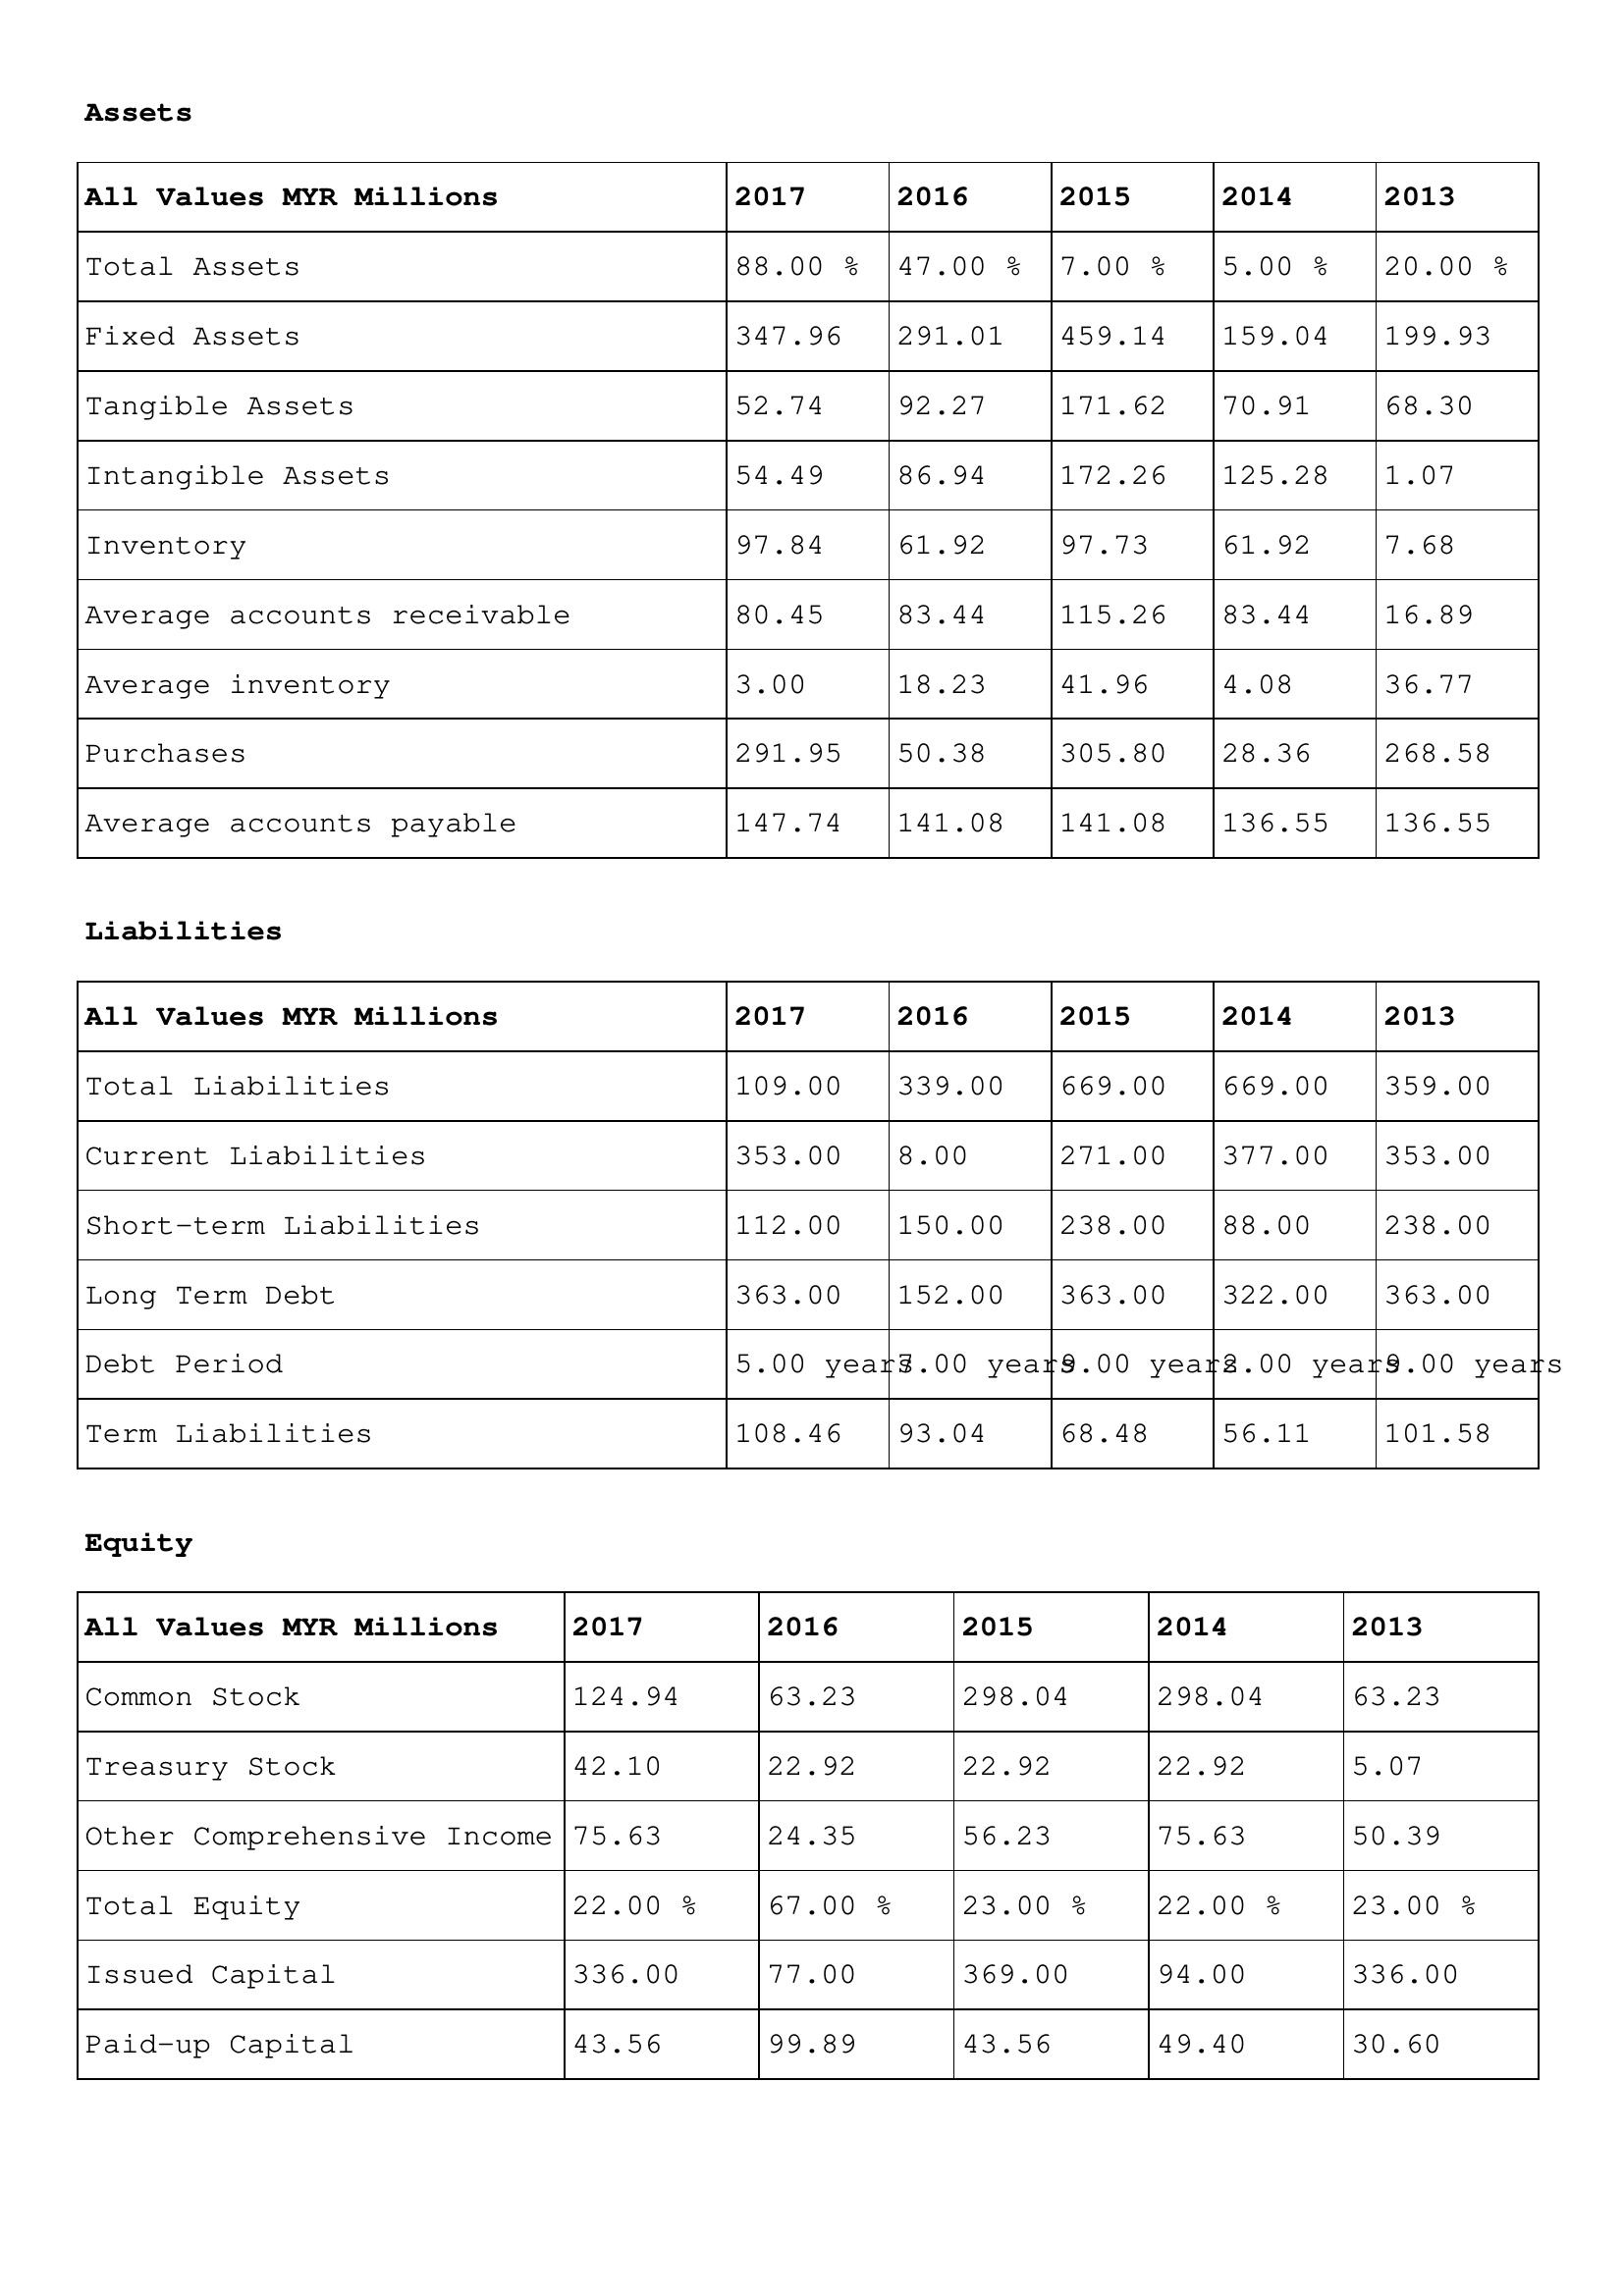
gt_parse: 2017: Assets: Total Assets: 88.00 %
Fixed Assets: 347.96
Tangible Assets: 52.74
Intangible Assets: 54.49
Inventory: 97.84
Average accounts receivable: 80.45
Average inventory: 3.00
Purchases: 291.95
Average accounts payable: 147.74
Liabilities: Total Liabilities: 109.00
Current Liabilities: 353.00
Short-term Liabilities: 112.00
Long Term Debt: 363.00
Debt Period: 5.00 years
Term Liabilities: 108.46
Equity: Common Stock: 124.94
Treasury Stock: 42.10
Other Comprehensive Income: 75.63
Total Equity: 22.00 %
Issued Capital: 336.00
Paid-up Capital: 43.56
2016: Assets: Total Assets: 47.00 %
Fixed Assets: 291.01
Tangible Assets: 92.27
Intangible Assets: 86.94
Inventory: 61.92
Average accounts receivable: 83.44
Average inventory: 18.23
Purchases: 50.38
Average accounts payable: 141.08
Liabilities: Total Liabilities: 339.00
Current Liabilities: 8.00
Short-term Liabilities: 150.00
Long Term Debt: 152.00
Debt Period: 7.00 years
Term Liabilities: 93.04
Equity: Common Stock: 63.23
Treasury Stock: 22.92
Other Comprehensive Income: 24.35
Total Equity: 67.00 %
Issued Capital: 77.00
Paid-up Capital: 99.89
2015: Assets: Total Assets: 7.00 %
Fixed Assets: 459.14
Tangible Assets: 171.62
Intangible Assets: 172.26
Inventory: 97.73
Average accounts receivable: 115.26
Average inventory: 41.96
Purchases: 305.80
Average accounts payable: 141.08
Liabilities: Total Liabilities: 669.00
Current Liabilities: 271.00
Short-term Liabilities: 238.00
Long Term Debt: 363.00
Debt Period: 9.00 years
Term Liabilities: 68.48
Equity: Common Stock: 298.04
Treasury Stock: 22.92
Other Comprehensive Income: 56.23
Total Equity: 23.00 %
Issued Capital: 369.00
Paid-up Capital: 43.56
2014: Assets: Total Assets: 5.00 %
Fixed Assets: 159.04
Tangible Assets: 70.91
Intangible Assets: 125.28
Inventory: 61.92
Average accounts receivable: 83.44
Average inventory: 4.08
Purchases: 28.36
Average accounts payable: 136.55
Liabilities: Total Liabilities: 669.00
Current Liabilities: 377.00
Short-term Liabilities: 88.00
Long Term Debt: 322.00
Debt Period: 2.00 years
Term Liabilities: 56.11
Equity: Common Stock: 298.04
Treasury Stock: 22.92
Other Comprehensive Income: 75.63
Total Equity: 22.00 %
Issued Capital: 94.00
Paid-up Capital: 49.40
2013: Assets: Total Assets: 20.00 %
Fixed Assets: 199.93
Tangible Assets: 68.30
Intangible Assets: 1.07
Inventory: 7.68
Average accounts receivable: 16.89
Average inventory: 36.77
Purchases: 268.58
Average accounts payable: 136.55
Liabilities: Total Liabilities: 359.00
Current Liabilities: 353.00
Short-term Liabilities: 238.00
Long Term Debt: 363.00
Debt Period: 9.00 years
Term Liabilities: 101.58
Equity: Common Stock: 63.23
Treasury Stock: 5.07
Other Comprehensive Income: 50.39
Total Equity: 23.00 %
Issued Capital: 336.00
Paid-up Capital: 30.60